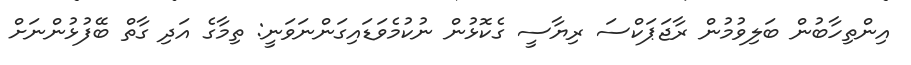
އިންތިހާބުން ބަލިވުމުން ރާޖަޕަކްސަ ރިޔާސީ ގެކޮޅުން ނުކުމެވަޑައިގަންނަވަނީ: ތިމާގެ އަދި ގާތް ބޭފުޅުންނަށް